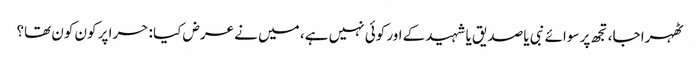
ٹھہرا جا، تجھ پر سوائے نبی یا صدیق یا شہیدکے اور کوئی نہیں ہے، میں نے عرض کیا : حرا پر کون کون تھا؟